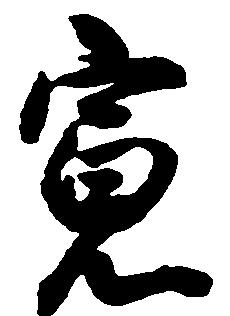
寛